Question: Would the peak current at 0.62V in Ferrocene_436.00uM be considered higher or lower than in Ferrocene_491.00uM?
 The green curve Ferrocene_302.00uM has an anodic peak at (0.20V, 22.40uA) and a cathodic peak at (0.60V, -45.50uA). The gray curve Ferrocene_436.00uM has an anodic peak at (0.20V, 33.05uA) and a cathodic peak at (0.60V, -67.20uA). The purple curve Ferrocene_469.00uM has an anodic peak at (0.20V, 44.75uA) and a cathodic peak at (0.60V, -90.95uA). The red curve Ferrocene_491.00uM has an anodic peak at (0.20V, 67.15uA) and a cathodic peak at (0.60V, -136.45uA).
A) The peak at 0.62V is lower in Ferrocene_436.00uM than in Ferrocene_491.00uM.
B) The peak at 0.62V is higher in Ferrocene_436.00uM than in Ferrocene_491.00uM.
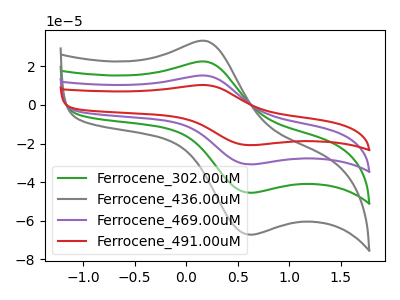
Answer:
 <answer>A) The peak at 0.62V is lower in "Ferrocene_436.00uM" than in "Ferrocene_491.00uM".</answer>
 <eval>A</eval>